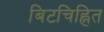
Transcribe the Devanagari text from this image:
बिटचिह्नित